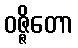
ဝဇ္ဇိတော